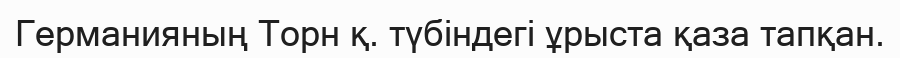
Германияның Торн қ. түбіндегі ұрыста қаза тапқан.